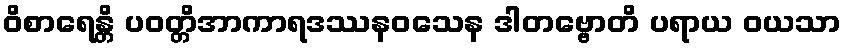
ဝိစာရေန္တိ ပဝတ္တိအာကာရဒဿနဝသေန ဒါတဗ္ဗောတိ ပရာယ ဝယသာ